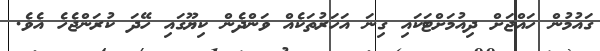
ގައުމުން ހައްޖަށް ދިއުމަށްޓަކައި ގިނަ އަހަރުތަކެއް ވަންދެން ކިޔޫގައި ހޭދަ ކުރަންޖެހެ އެވެ.